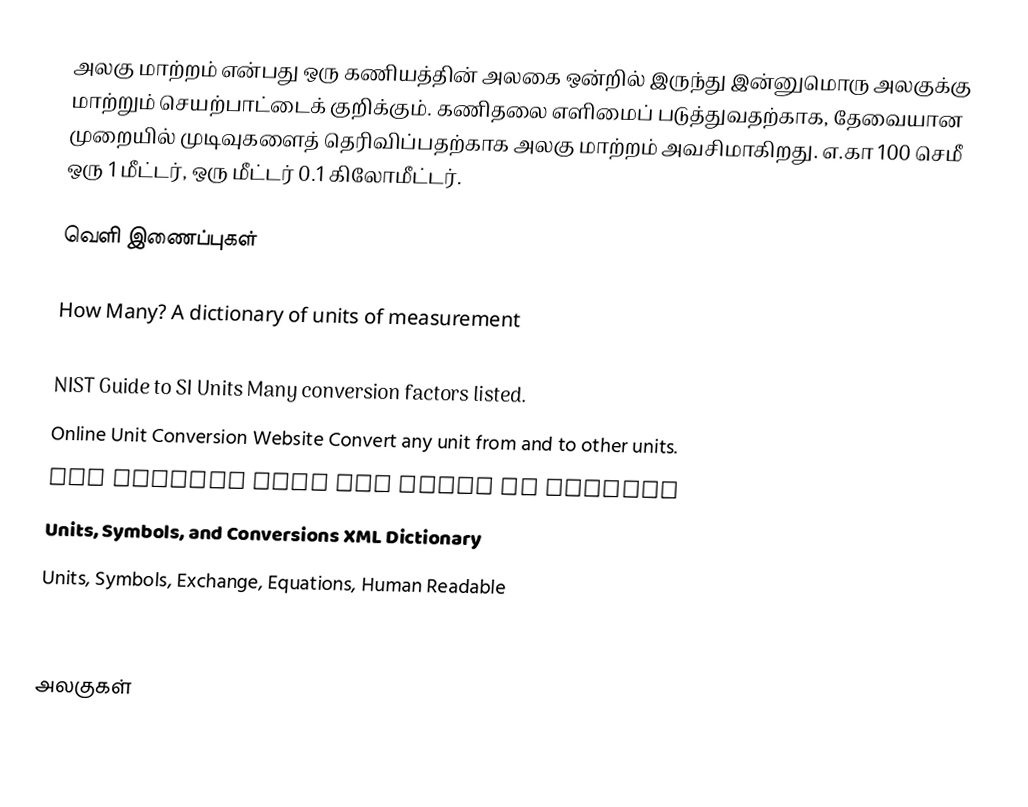
அலகு மாற்றம் என்பது ஒரு கணியத்தின் அலகை ஒன்றில் இருந்து இன்னுமொரு அலகுக்கு மாற்றும் செயற்பாட்டைக் குறிக்கும்.  கணிதலை எளிமைப் படுத்துவதற்காக,  தேவையான முறையில் முடிவுகளைத் தெரிவிப்பதற்காக அலகு மாற்றம் அவசிமாகிறது.  எ.கா 100 செமீ ஒரு 1 மீட்டர், ஒரு மீட்டர் 0.1 கிலோமீட்டர்.

வெளி இணைப்புகள்

How Many? A dictionary of units of measurement
 
NIST Guide to SI Units Many conversion factors listed.
Online Unit Conversion Website Convert any unit from and to other units.
The Unified Code for Units of Measure
Units, Symbols, and Conversions XML Dictionary
Units, Symbols, Exchange, Equations, Human Readable

அலகுகள்